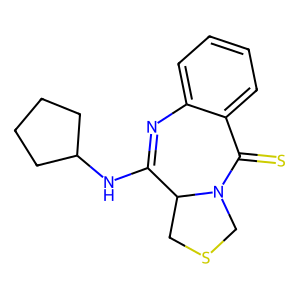
SMILES: S=C1c2ccccc2N=C(NC2CCCC2)C2CSCN12
Inhibits HIV replication: No